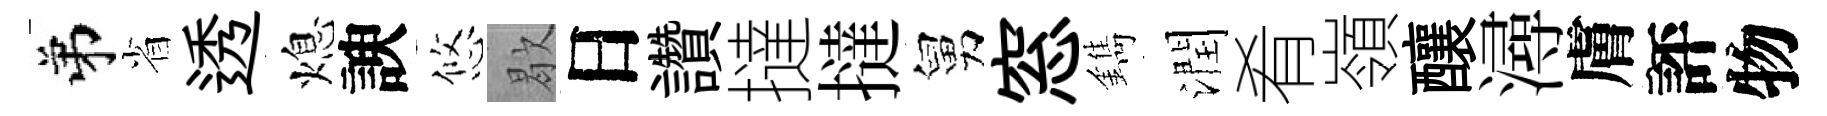
弟省透熄諛悠歇日讚撻撻舅窓鐫潤肴嶺釀潯膚評物